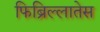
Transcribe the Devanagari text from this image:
फिब्रिल्लातेस